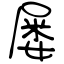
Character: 屡